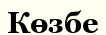
Көзбе